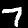
Digit: 7